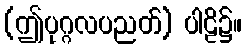
(ဤပုဂ္ဂလပညတ်) ပါဠိ၌။